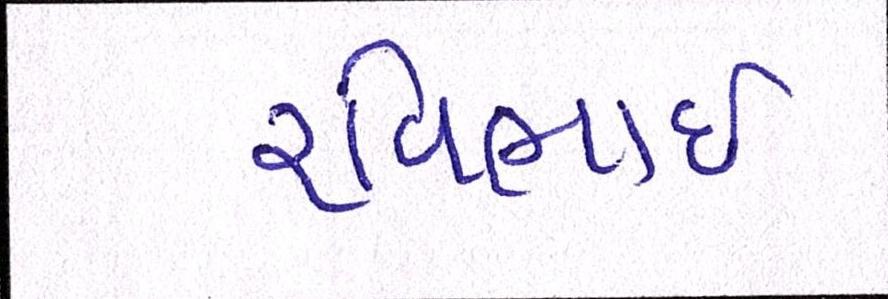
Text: રવિભાઇ